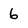
Character: 6